Annual report of the Camel Specialist
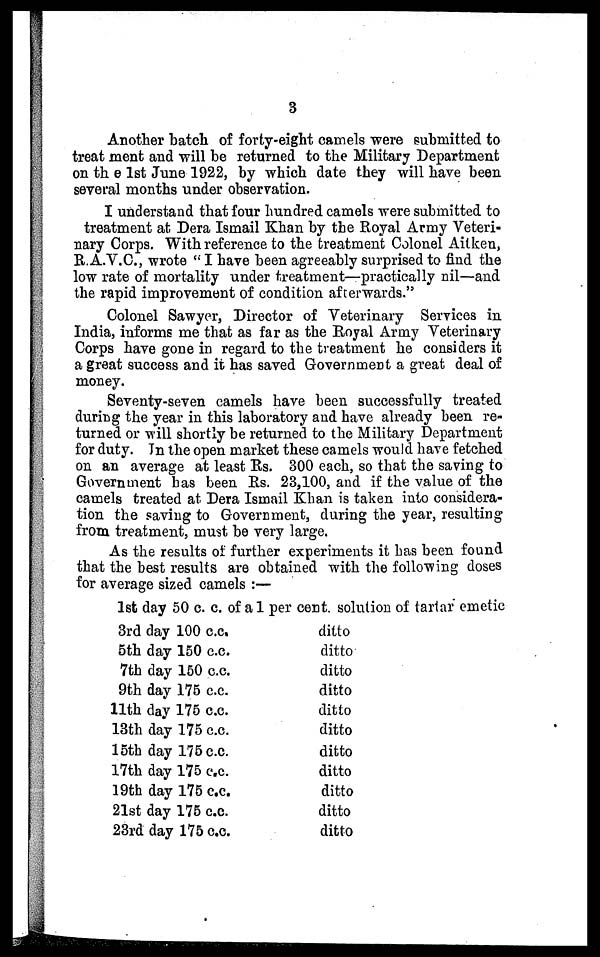
3
Another batch of forty-eight camels were submitted to
treat ment and will be returned to the Military Department
on the 1st June 1922, by which date they will have been
several months under observation.
I understand that four hundred camels were submitted to
treatment at Dera Ismail Khan by the Royal Army Veteri-
nary Corps. With reference to the treatment Colonel Aitken,
R.A.V.C., wrote "I have been agreeably surprised to find the
low rate of mortality under treatment—practically nil—and
the rapid improvement of condition afterwards."
Colonel Sawyer, Director of Veterinary Services in
India, informs me that as far as the Royal Army Veterinary
Corps have gone in regard to the treatment he considers it
a great success and it has saved Government a great deal of
money.
Seventy-seven camels have been successfully treated
during the year in this laboratory and have already been re-
turned or will shortly be returned to the Military Department
for duty. In the open market these camels would have fetched
on an average at least Rs. 300 each, so that the saving to
Government has been Rs. 23,100, and if the value of the
camels treated at Dera Ismail Khan is taken into considera-
tion the saving to Government, during the year, resulting
from treatment, must be very large.
As the results of further experiments it has been found
that the best results are obtained with the following doses
for average sized camels :—
1st day 50 c. c. of a 1 per cent. solution of tartar emetic
3rd day 100 c.c.
5th day 150 c.c.
7th day 150 c.c.
9th day 175 c.c.
11th day 175 c.c.
13th day 175 c.c.
15th day 175 c.c.
17th day 175 c.c.
19th day 175 c.c.
21st day 175 c.c.
23rd day 175 c.c.
ditto
ditto
ditto
ditto
ditto
ditto
ditto
ditto
ditto
ditto
ditto